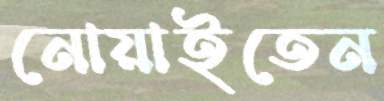
নোয়াইতেন